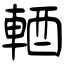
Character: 輏